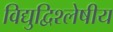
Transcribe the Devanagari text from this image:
विद्युद्विश्लेषीय